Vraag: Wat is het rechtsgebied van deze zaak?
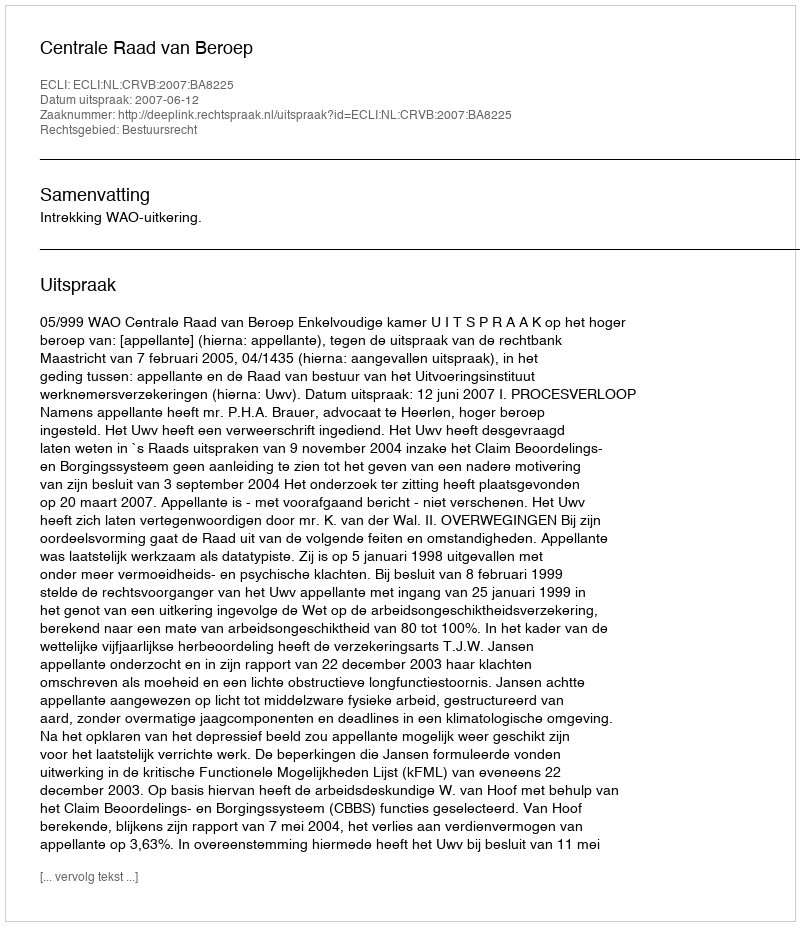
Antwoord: Bestuursrecht